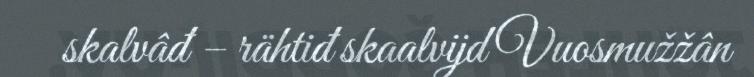
skalvâđ – rähtiđ skaalvijd Vuosmužžân